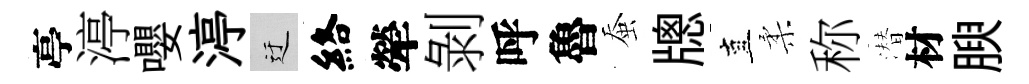
亭渟嚶渟迂絡犖剝呼魯蚕牕直柔称潜材腴